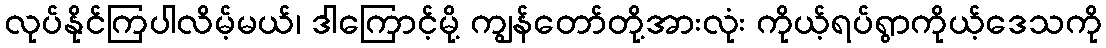
လုပ်နိုင်ကြပါလိမ့်မယ်၊ ဒါကြောင့်မို့ ကျွန်တော်တို့အားလုံး ကိုယ့်ရပ်ရွာကိုယ့်ဒေသကို